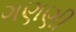
ગણણી